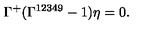
\Gamma ^ { + } ( \Gamma ^ { 1 2 3 4 9 } - 1 ) \eta = 0 .